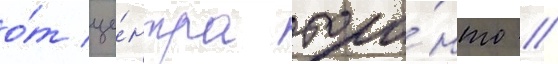
о́т це́нтра торо́нто //